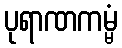
ပုရာဏကမ္မံ